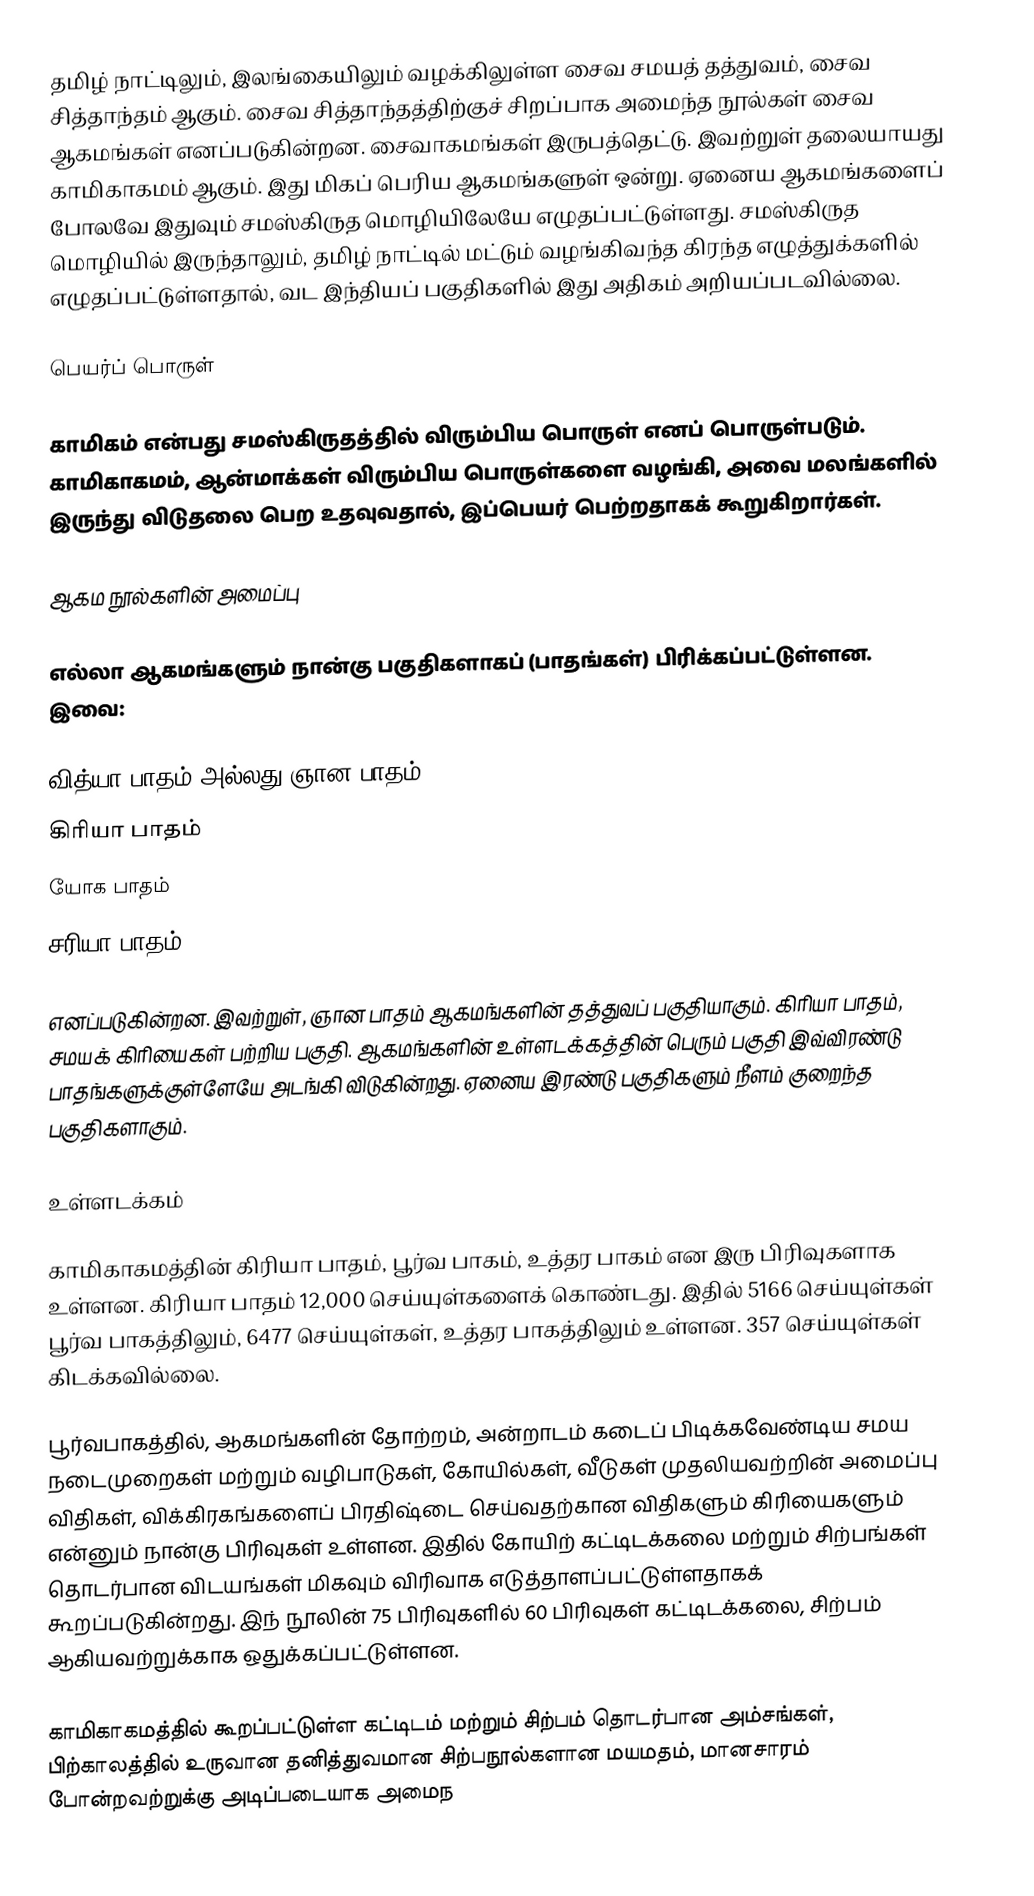
தமிழ் நாட்டிலும், இலங்கையிலும் வழக்கிலுள்ள சைவ சமயத் தத்துவம், சைவ சித்தாந்தம் ஆகும். சைவ சித்தாந்தத்திற்குச் சிறப்பாக அமைந்த நூல்கள் சைவ ஆகமங்கள் எனப்படுகின்றன. சைவாகமங்கள் இருபத்தெட்டு. இவற்றுள் தலையாயது காமிகாகமம் ஆகும். இது மிகப் பெரிய ஆகமங்களுள் ஒன்று. ஏனைய ஆகமங்களைப் போலவே இதுவும் சமஸ்கிருத மொழியிலேயே எழுதப்பட்டுள்ளது. சமஸ்கிருத மொழியில் இருந்தாலும், தமிழ் நாட்டில் மட்டும் வழங்கிவந்த கிரந்த எழுத்துக்களில் எழுதப்பட்டுள்ளதால், வட இந்தியப் பகுதிகளில் இது அதிகம் அறியப்படவில்லை.

பெயர்ப் பொருள்

காமிகம் என்பது சமஸ்கிருதத்தில் விரும்பிய பொருள் எனப் பொருள்படும். காமிகாகமம், ஆன்மாக்கள் விரும்பிய பொருள்களை வழங்கி, அவை மலங்களில் இருந்து விடுதலை பெற உதவுவதால், இப்பெயர் பெற்றதாகக் கூறுகிறார்கள்.

ஆகம நூல்களின் அமைப்பு

எல்லா ஆகமங்களும் நான்கு பகுதிகளாகப் (பாதங்கள்) பிரிக்கப்பட்டுள்ளன. இவை:

 வித்யா பாதம் அல்லது ஞான பாதம்
 கிரியா பாதம்
 யோக பாதம்
 சரியா பாதம்

எனப்படுகின்றன. இவற்றுள், ஞான பாதம் ஆகமங்களின் தத்துவப் பகுதியாகும். கிரியா பாதம், சமயக் கிரியைகள் பற்றிய பகுதி. ஆகமங்களின் உள்ளடக்கத்தின் பெரும் பகுதி இவ்விரண்டு பாதங்களுக்குள்ளேயே அடங்கி விடுகின்றது. ஏனைய இரண்டு பகுதிகளும் நீளம் குறைந்த பகுதிகளாகும்.

உள்ளடக்கம்

காமிகாகமத்தின் கிரியா பாதம், பூர்வ பாகம், உத்தர பாகம் என இரு பிரிவுகளாக உள்ளன. கிரியா பாதம் 12,000 செய்யுள்களைக் கொண்டது. இதில் 5166 செய்யுள்கள் பூர்வ பாகத்திலும், 6477 செய்யுள்கள், உத்தர பாகத்திலும் உள்ளன. 357 செய்யுள்கள் கிடக்கவில்லை.

பூர்வபாகத்தில், ஆகமங்களின் தோற்றம், அன்றாடம் கடைப் பிடிக்கவேண்டிய சமய நடைமுறைகள் மற்றும் வழிபாடுகள், கோயில்கள், வீடுகள் முதலியவற்றின் அமைப்பு விதிகள், விக்கிரகங்களைப் பிரதிஷ்டை செய்வதற்கான விதிகளும் கிரியைகளும் என்னும் நான்கு பிரிவுகள் உள்ளன. இதில் கோயிற் கட்டிடக்கலை மற்றும் சிற்பங்கள் தொடர்பான விடயங்கள் மிகவும் விரிவாக எடுத்தாளப்பட்டுள்ளதாகக் கூறப்படுகின்றது. இந் நூலின் 75 பிரிவுகளில் 60 பிரிவுகள் கட்டிடக்கலை, சிற்பம் ஆகியவற்றுக்காக ஒதுக்கப்பட்டுள்ளன.

காமிகாகமத்தில் கூறப்பட்டுள்ள கட்டிடம் மற்றும் சிற்பம் தொடர்பான அம்சங்கள், பிற்காலத்தில் உருவான தனித்துவமான சிற்பநூல்களான மயமதம், மானசாரம் போன்றவற்றுக்கு அடிப்படையாக அமைந